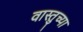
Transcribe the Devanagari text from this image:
वास्तुच्या